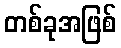
တစ်ခုအဖြစ်